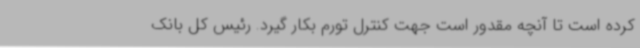
کرده است تا آنچه مقدور است جهت کنترل تورم بکار گیرد. رئیس کل بانک